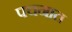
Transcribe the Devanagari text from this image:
पचनात